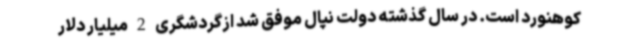
کوهنورد است. در سال گذشته دولت نپال موفق شد ازگردشگری 2 میلیار دلار